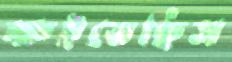
ক্ষইতেছিস